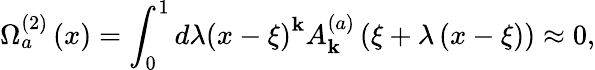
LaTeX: \Omega_{a}^{\left(2\right)}\left(x\right)=\int_{0}^{1}{d\lambda}\left({x-\xi}\right)^{\mathbf{k}}A_{\mathbf{k}}^{\left(a\right)}\left({\xi+\lambda\left({x-\xi}\right)}\right)\approx0,